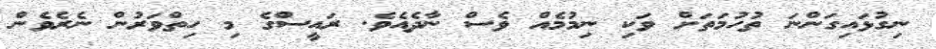
ނިގުޅައިގަންނަ ތުހުމަތަށް ވަކި ނިމުމެއް ވެސް ނާދެއެވެ. ރައީސްގެ މި ހިތްވަރުން ނެރެވެން